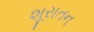
શૂરાતન